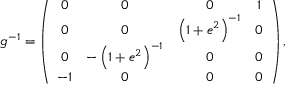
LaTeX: g ^ { - 1 } = \left( \begin{array} { c c c c } { { 0 } } & { { 0 } } & { { 0 } } & { { 1 } } \\ { { 0 } } & { { 0 } } & { { \left( 1 + e ^ { 2 } \right) ^ { - 1 } } } & { { 0 } } \\ { { 0 } } & { { - \left( 1 + e ^ { 2 } \right) ^ { - 1 } } } & { { 0 } } & { { 0 } } \\ { { - 1 } } & { { 0 } } & { { 0 } } & { { 0 } } \end{array} \right) ,